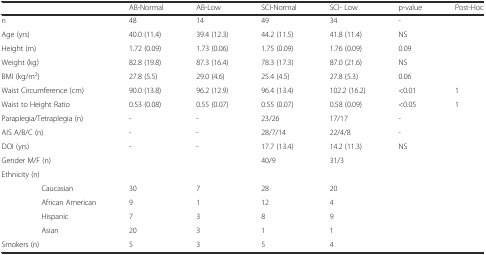
<table><thead><tr><td></td><td><b>AB-Normal</b></td><td><b>AB-Low</b></td><td><b>SCI-Normal</b></td><td><b>SCI- Low</b></td><td><b>p-value</b></td><td><b>Post-Hoc</b></td></tr></thead><tbody><tr><td>n</td><td>48</td><td>14</td><td>49</td><td>34</td><td>-</td><td></td></tr><tr><td>Age (yrs)</td><td>40.0 (11.4)</td><td>39.4 (12.3)</td><td>44.2 (11.5)</td><td>41.8 (11.4)</td><td>NS</td><td></td></tr><tr><td>Height (m)</td><td>1.72 (0.09)</td><td>1.73 (0.06)</td><td>1.75 (0.09)</td><td>1.76 (0.09)</td><td>0.09</td><td></td></tr><tr><td>Weight (kg)</td><td>82.8 (19.8)</td><td>87.3 (16.4)</td><td>78.3 (17.3)</td><td>87.0 (21.6)</td><td>NS</td><td></td></tr><tr><td>BMI (kg/m<sup>2</sup>)</td><td>27.8 (5.5)</td><td>29.0 (4.6)</td><td>25.4 (4.5)</td><td>27.8 (5.3)</td><td>0.06</td><td></td></tr><tr><td>Waist Circumference (cm)</td><td>90.0 (13.8)</td><td>96.2 (12.9)</td><td>96.4 (13.4)</td><td>102.2 (16.2)</td><td>&lt;0.01</td><td>1</td></tr><tr><td>Waist to Height Ratio</td><td>0.53 (0.08)</td><td>0.55 (0.07)</td><td>0.55 (0.07)</td><td>0.58 (0.09)</td><td>&lt;0.05</td><td>1</td></tr><tr><td>Paraplegia/Tetraplegia (n)</td><td>-</td><td>-</td><td>23/26</td><td>17/17</td><td>-</td><td></td></tr><tr><td>AIS A/B/C (n)</td><td>-</td><td>-</td><td>28/7/14</td><td>22/4/8</td><td>-</td><td></td></tr><tr><td>DOI (yrs)</td><td>-</td><td>-</td><td>17.7 (13.4)</td><td>14.2 (11.3)</td><td>NS</td><td></td></tr><tr><td>Gender M/F (n)</td><td></td><td></td><td>40/9</td><td>31/3</td><td></td><td></td></tr><tr><td>Ethnicity (n)</td><td></td><td></td><td></td><td></td><td></td><td></td></tr><tr><td>Caucasian</td><td>30</td><td>7</td><td>28</td><td>20</td><td></td><td></td></tr><tr><td>African American</td><td>9</td><td>1</td><td>12</td><td>4</td><td></td><td></td></tr><tr><td>Hispanic</td><td>7</td><td>3</td><td>8</td><td>9</td><td></td><td></td></tr><tr><td>Asian</td><td>20</td><td>3</td><td>1</td><td>1</td><td></td><td></td></tr><tr><td>Smokers (n)</td><td>5</td><td>3</td><td>5</td><td>4</td><td></td><td></td></tr></tbody></table>